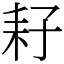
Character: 耔